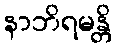
နာဘိရမန္တိ